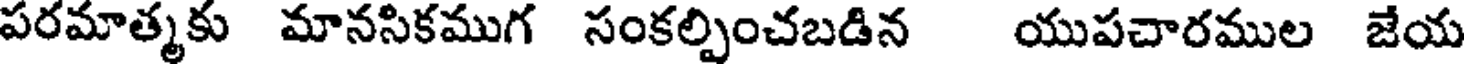
పరమాత్మకు మానసికముగ సంకల్పించబడిన యుపచారముల జేయ